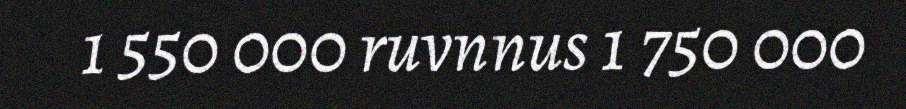
1 550 000 ruvnnus 1 750 000